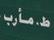
ط . مأرب